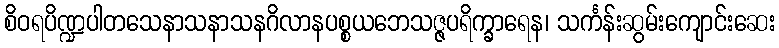
စိဝရပိဏ္ဍပါတသေနာသနာသနဂိလာနပစ္စယဘေသဇ္ဇပရိက္ခာရေန၊ သင်္ကန်းဆွမ်းကျောင်းဆေး